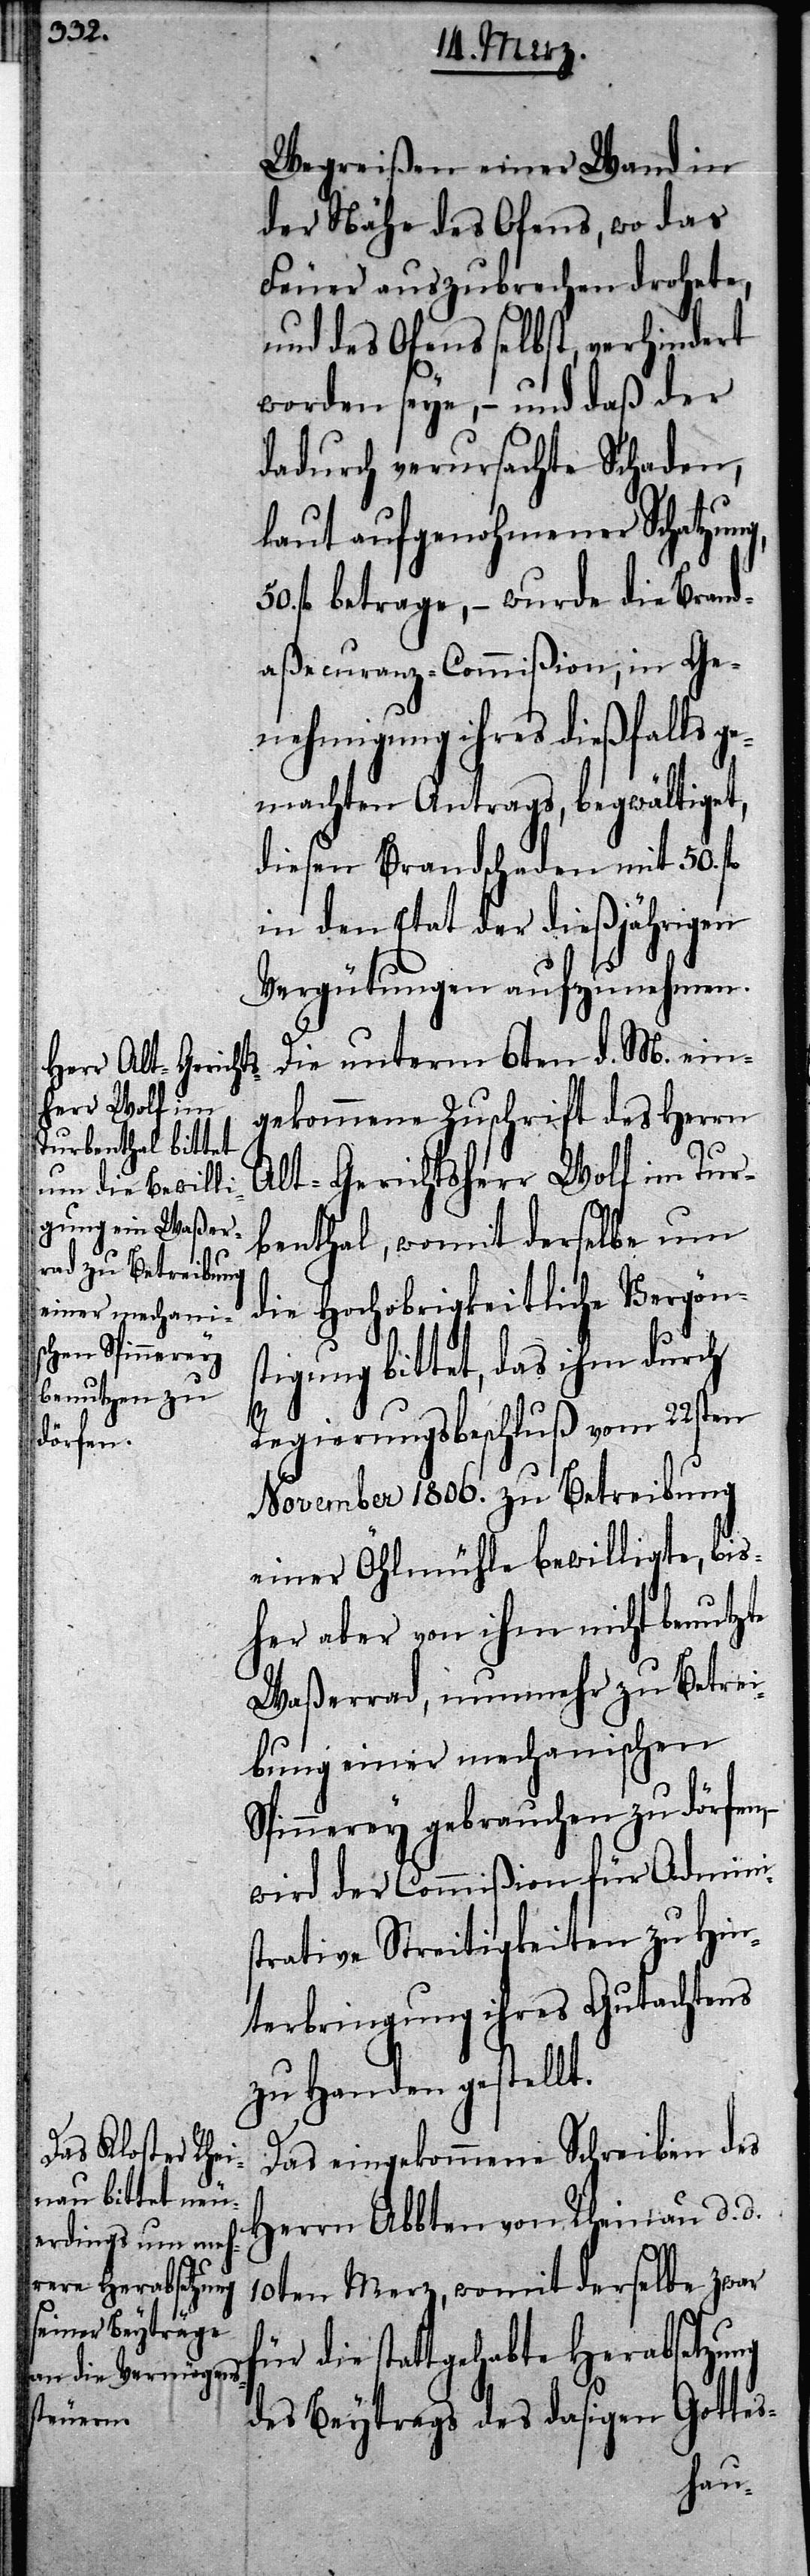
Wegreißen einer Wand in
der Nähe des Ofens, wo das
Feuer auszubrechen drohete,
und des Ofens selbst, verhindert
worden seye, – und daß der
dadurch verursachte Schaden,
laut aufgenohmener Schatzung,
fl betrage, – so wurde die Brand¬
aßecuranz-Commißion, in Ge¬
nehmigung ihres dießfalls
gemachten Antrags, begwältiget,
diesen Brandschaden mit 50. fl
in den Etat der dießjährigen
Vergütungen aufzunehmen.
Die unterm 6ten d. M. ein¬
gekommene Zuschrift des Herrn
Alt-Gerichtsherr Wolf im Tur¬
benthal, womit derselbe um
die hochobrigkeitliche Vergön¬
stigung bittet, das ihm durch
Regierungsbeschluß vom 22sten
November 1806. zu Betreibung
einer Öhlmühle bewilligte, bis¬
her aber von ihm nicht benutzte
Waßerrad, nunmehr zu Betrei¬
bung einer mechanischen
Spinnerey gebrauchen zu dörfen,
wird der Commißion für Admini¬
strative Streitigkeiten zu Hin¬
terbringung ihres Gutachtens
zu Handen gestellt.
Das eingekommene Schreiben des
Herrn Abbten von Rheinau d. d.
10ten Merz, womit derselbe zwar
die stattgehabte Herabsetzung
des Beytrags des dasigen Gottes-